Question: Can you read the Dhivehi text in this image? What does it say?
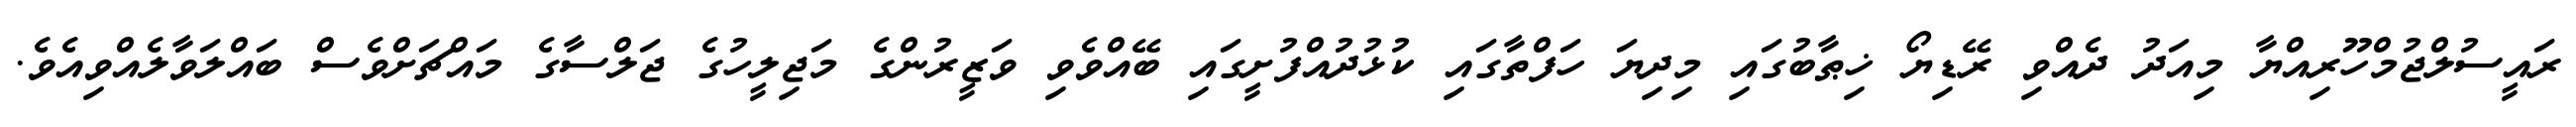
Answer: ރައީސުލްޖުމްހޫރިއްޔާ މިއަދު ދެއްވި ރޭޑިޔޯ ޚިޠާބުގައި މިދިޔަ ހަފްތާގައި ކުޅުދުއްފުށީގައި ބޭއްވެވި ވަޒީރުންގެ މަޖިލީހުގެ ޖަލްސާގެ މައްޗަށްވެސް ބައްލަވާލެއްވިއެވެ.